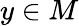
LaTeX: y\in M